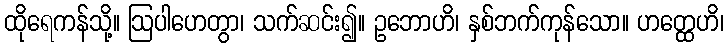
ထိုရေကန်သို့။ ဩပါဟေတွာ၊ သက်ဆင်း၍။ ဥဘောဟိ၊ နှစ်ဘက်ကုန်သော။ ဟတ္ထေဟိ၊